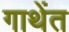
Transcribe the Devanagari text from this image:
गाथेंत